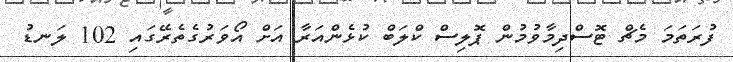
ފުރަތަމަ މެޗް ޓޮސްދިމާވުމުން ޕޮލިސް ކްލަބް ކުޅެންއަރާ އަށް އޯވަރުގެތެރޭގައި 102 ލަނޑު